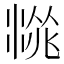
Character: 𱧙